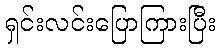
ရှင်းလင်းပြောကြားပြီး